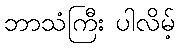
ဘာသံကြီး ပါလိမ့်